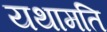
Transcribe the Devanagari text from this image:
यथामति